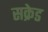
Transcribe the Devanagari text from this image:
सक्रेड